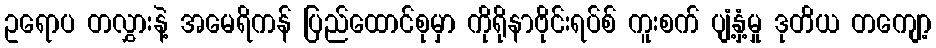
ဥရောပ တလွှားနဲ့ အမေရိကန် ပြည်ထောင်စုမှာ ကိုရိုနာဗိုင်းရပ်စ် ကူးစက် ပျံ့နှံ့မှု ဒုတိယ တကျော့